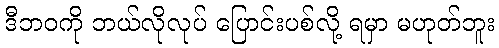
ဒီဘဝကို ဘယ်လိုလုပ် ပြောင်းပစ်လို့ ရမှာ မဟုတ်ဘူး